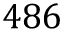
4 8 6